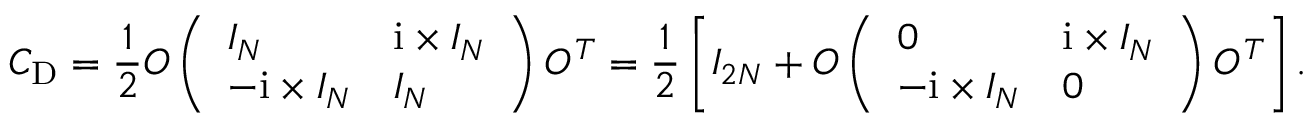
C _ { \mathrm { D } } = \frac { 1 } { 2 } O \left( \begin{array} { l l } { I _ { N } } & { \mathrm { i } \times I _ { N } } \\ { - \mathrm { i } \times I _ { N } } & { I _ { N } } \end{array} \right) O ^ { T } = \frac { 1 } { 2 } \left[ I _ { 2 N } + O \left( \begin{array} { l l } { 0 } & { \mathrm { i } \times I _ { N } } \\ { - \mathrm { i } \times I _ { N } } & { 0 } \end{array} \right) O ^ { T } \right] .